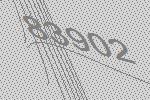
83902